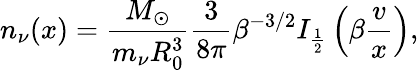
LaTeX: n_{\nu}(x)=\frac{M_{\odot}}{m_{\nu}R_{0}^{3}}\frac{3}{8\pi}\beta^{-3/2}I_{\frac{1}{2}}\left(\beta\frac{v}{x}\right),